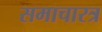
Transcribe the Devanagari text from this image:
समाचारत्र